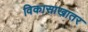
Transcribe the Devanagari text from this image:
विकासाखातर